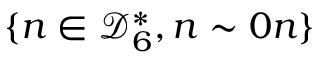
\lbrace n \in { \mathcal { D } } _ { 6 } ^ { * } , n \sim 0 n \rbrace